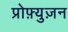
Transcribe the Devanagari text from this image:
प्रोफ़्युज़न